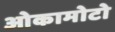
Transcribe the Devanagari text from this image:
ओकामोटो